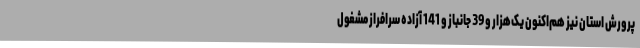
پرورش استان نیز هم‌اکنون یک‌هزار و 39 جانباز و 141 آزاده سرافراز مشغول